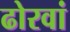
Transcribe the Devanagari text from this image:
ढोरवां